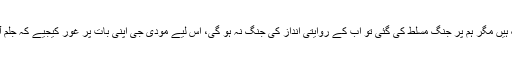
ہم پرامن لوگ ہیں مگر ہم پر جنگ مسلط کی گئی تو اب کے روایتی انداز کی جنگ نہ ہو گی، اس لیے مودی جی اپنی بات پر غور کیجیے کہ جلم آخر کب تک؟